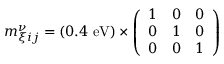
m _ { \xi i j } ^ { \nu } = ( 0 . 4 ~ \mathrm { e V } ) \times \left( \begin{array} { l l l } { { 1 } } & { { 0 } } & { { 0 } } \\ { { 0 } } & { { 1 } } & { { 0 } } \\ { { 0 } } & { { 0 } } & { { 1 } } \end{array} \right)